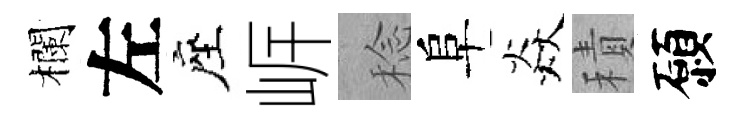
欄左座㟁稔阜焱積願